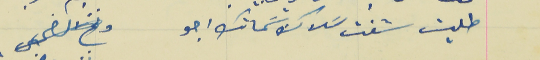
طليت شفت سَلاك بسَماتك  اجو